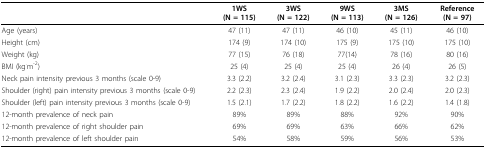
<table><thead><tr><td></td><td><b>1WS (N = 115)</b></td><td><b>3WS (N = 122)</b></td><td><b>9WS (N = 113)</b></td><td><b>3MS (N = 126)</b></td><td><b>Reference (N = 97)</b></td></tr></thead><tbody><tr><td>Age (years)</td><td>47 (11)</td><td>47 (11)</td><td>46 (10)</td><td>45 (11)</td><td>46 (10)</td></tr><tr><td>Height (cm)</td><td>174 (9)</td><td>174 (10)</td><td>175 (9)</td><td>175 (10)</td><td>175 (10)</td></tr><tr><td>Weight (kg)</td><td>77 (15)</td><td>76 (18)</td><td>77(14)</td><td>78 (16)</td><td>80 (16)</td></tr><tr><td>BMI (kg<sup>.</sup>m<sup>-2</sup>)</td><td>25 (4)</td><td>25 (4)</td><td>25 (4)</td><td>26 (4)</td><td>26 (5)</td></tr><tr><td>Neck pain intensity previous 3 months (scale 0-9)</td><td>3.3 (2.2)</td><td>3.2 (2.4)</td><td>3.1 (2.3)</td><td>3.3 (2.3)</td><td>3.2 (2.3)</td></tr><tr><td>Shoulder (right) pain intensity previous 3 months (scale 0-9)</td><td>2.2 (2.3)</td><td>2.3 (2.4)</td><td>1.9 (2.2)</td><td>2.0 (2.4)</td><td>2.0 (2.3)</td></tr><tr><td>Shoulder (left) pain intensity previous 3 months (scale 0-9)</td><td>1.5 (2.1)</td><td>1.7 (2.2)</td><td>1.8 (2.2)</td><td>1.6 (2.2)</td><td>1.4 (1.8)</td></tr><tr><td>12-month prevalence of neck pain</td><td>89%</td><td>89%</td><td>88%</td><td>92%</td><td>90%</td></tr><tr><td>12-month prevalence of right shoulder pain</td><td>69%</td><td>69%</td><td>63%</td><td>66%</td><td>62%</td></tr><tr><td>12-month prevalence of left shoulder pain</td><td>54%</td><td>58%</td><td>59%</td><td>56%</td><td>53%</td></tr></tbody></table>